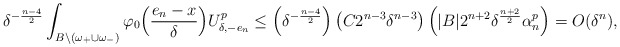
\begin{align*}\delta^{-\frac{n-4}{2}}\int_{{B}\backslash(\omega_+\cup \omega_-)}\varphi_0\Big(\frac{e_n-x}{\delta}\Big)U_{\delta,-e_n}^p\leq \left(\delta^{-\frac{n-4}{2}}\right)\left(C2^{n-3}\delta^{n-3}\right)\left(|{B}| 2^{n+2}\delta^{\frac{n+2}{2}}\alpha_n^p\right)=O(\delta^n),\end{align*}